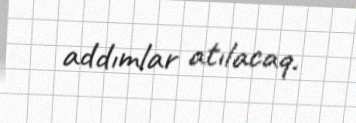
addımlar atılacaq.